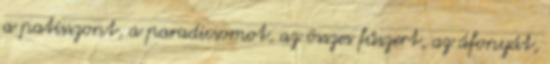
a patisszont, a paradicsomot, az összes fűszert, az áfonyát,